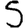
Digit: 5